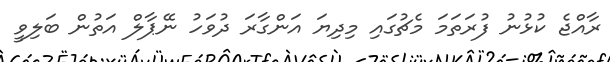
ރާއްޖެ ކުޅުނު ފުރަތަމަ މެޗުގައި މިދިޔަ އަންގާރަ ދުވަހު ނޭޕާލް އަތުން ބަލިވީ